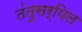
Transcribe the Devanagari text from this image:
तंतुसर्पिल